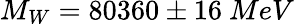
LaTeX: M_{W}=80360\pm 16\ MeV